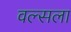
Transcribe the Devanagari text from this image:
वल्‍सला